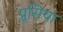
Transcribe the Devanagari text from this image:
प्रूसिया